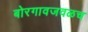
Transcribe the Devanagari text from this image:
बोरगावजवळच